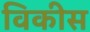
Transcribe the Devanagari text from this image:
विकीस